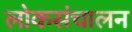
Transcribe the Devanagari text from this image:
लोकसंचालन